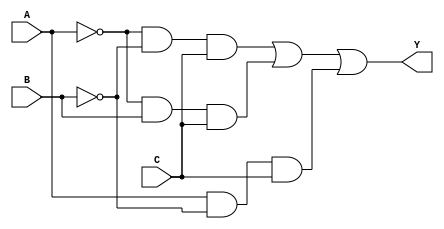
module essential_prime_implicants(
    input wire A,   // Input variable A
    input wire B,   // Input variable B
    input wire C,   // Input variable C
    output wire Y   // Output based on essential prime implicants
);

// Minterm definition (example: m0, m1, m2, m5, m6, m7)
wire m0 = (~A & ~B & ~C);  // 000
wire m1 = (~A & ~B & C);   // 001
wire m2 = (~A & B & ~C);    // 010
wire m5 = (~A & B & C);     // 101
wire m6 = (A & ~B & C);     // 110
wire m7 = (A & B & C);      // 111

// Output logic for essential prime implicants
// Assume EPIs cover the following: m1, m5, m6
assign Y = m1 | m5 | m6;

endmodule